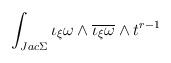
LaTeX: \begin{align*}\int_{Jac \Sigma}\iota_{\xi}\omega\wedge\overline{\iota_{\xi}\omega}\wedge t^{r-1}\end{align*}